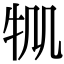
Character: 𤘷